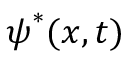
\boldsymbol { \psi } ^ { * } ( x , t )